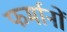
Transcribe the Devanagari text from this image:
फर्मानों